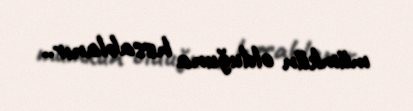
mümkün olduğuna hesablanır..